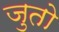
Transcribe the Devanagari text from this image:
जुतो